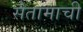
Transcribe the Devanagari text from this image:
सैतामाची